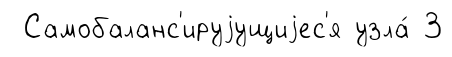
Самобаланс'ируjущиjес'я узла́ 3